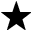
\bigstar